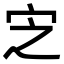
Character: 㝎